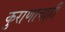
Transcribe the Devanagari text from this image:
कुराणाचाही